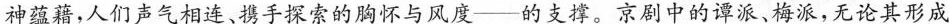
神蕴藉，人们声气相连、携手探索的胸怀与风度——的支撑。京剧中的谭派、梅派，无论其形成